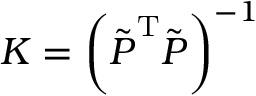
\b { K } = \left( \tilde { \b { P } } ^ { \mathrm { T } } \tilde { \b { P } } \right) ^ { - 1 }